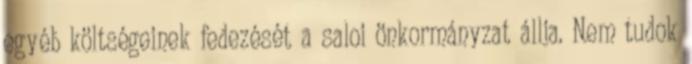
egyéb költségeinek fedezését a saloi önkormányzat állja. Nem tudok